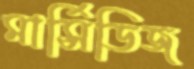
মার্সিডিজ